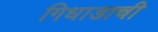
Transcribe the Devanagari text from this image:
गिधाडाची